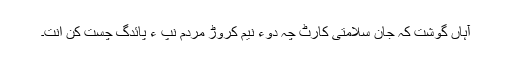
آہاں گوشت کہ جان سلامتی کارٹ چہ دوءُُ نیم کروڑ مردم نپ ءُُ پائدگ چست کن انت۔